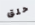
حلق